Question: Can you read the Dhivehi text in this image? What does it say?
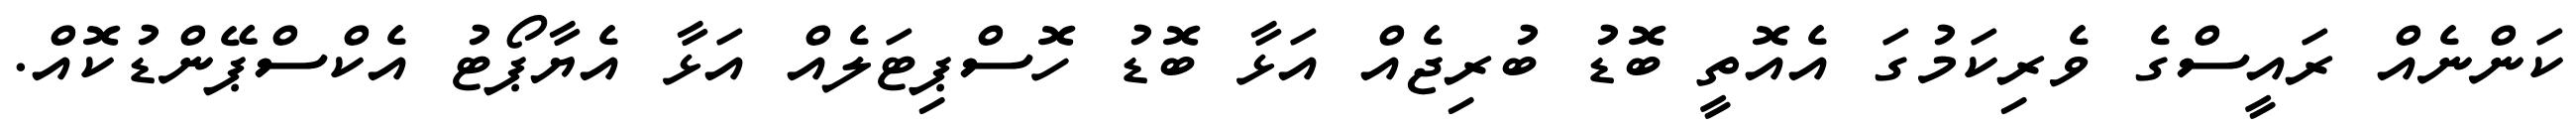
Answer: ކަންނެއް ރައީސްގެ ވެރިކަމުގަ އެއޮތީ ބޮޑު ބުރިޖެއް އަޅާ ބޮޑު ހޮސްޕިޓަލެއް އަޅާ އެޔާޕޯޓު އެކްސްޕޭންޑުކޮއް.